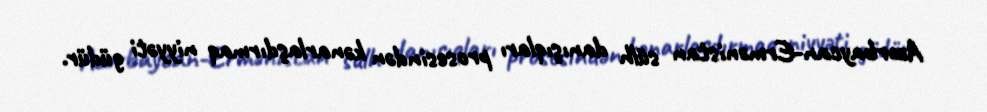
Azərbaycan-Ermənistan sülh danışıqları prosesindən kənarlaşdırmaq niyyəti güdür.